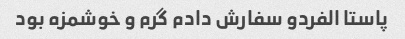
پاستا الفردو سفارش دادم گرم و خوشمزه بود